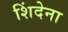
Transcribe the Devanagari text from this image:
शिंदेना